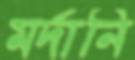
মর্দানি